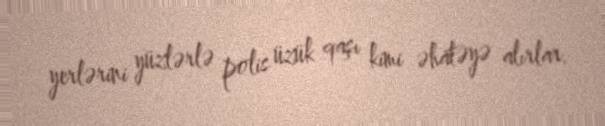
yerlərini yüzlərlə polis üzük qaşı kimi əhatəyə alırlar.